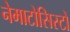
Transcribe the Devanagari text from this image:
नेमाटोसिस्टों